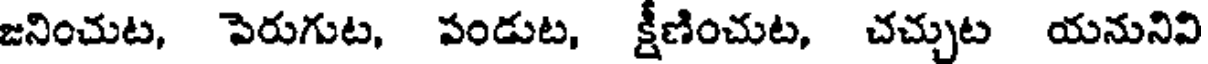
జనించుట, పెరుగుట, పండుట, క్షీణించుట, చచ్చుట యనునివి